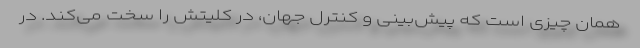
همان چیزی است که پیش‌بینی و کنترل جهان، در کلیتش را سخت می‌کند. در